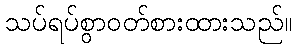
သပ်ရပ်စွာဝတ်စားထားသည်။